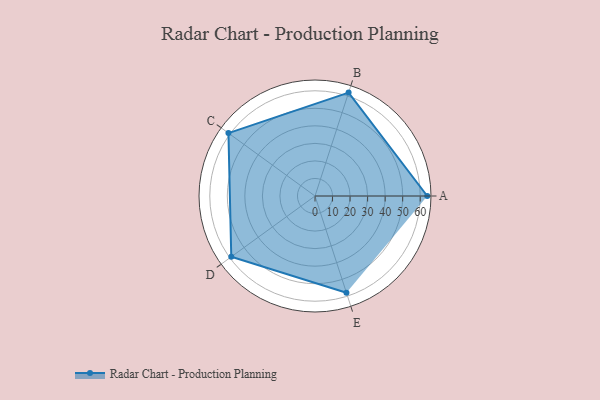
{"axis": {"x": "Skill", "y": "Score"}, "legend": ["Profile"], "data": [{"x": "A", "y": 64.0, "type": "Profile"}, {"x": "B", "y": 62.0, "type": "Profile"}, {"x": "C", "y": 61.0, "type": "Profile"}, {"x": "D", "y": 59.0, "type": "Profile"}, {"x": "E", "y": 58.0, "type": "Profile"}]}